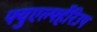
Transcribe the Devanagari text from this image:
फ्युएर्ल्फ्हेरिउप